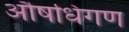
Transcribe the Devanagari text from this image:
औषधिगण